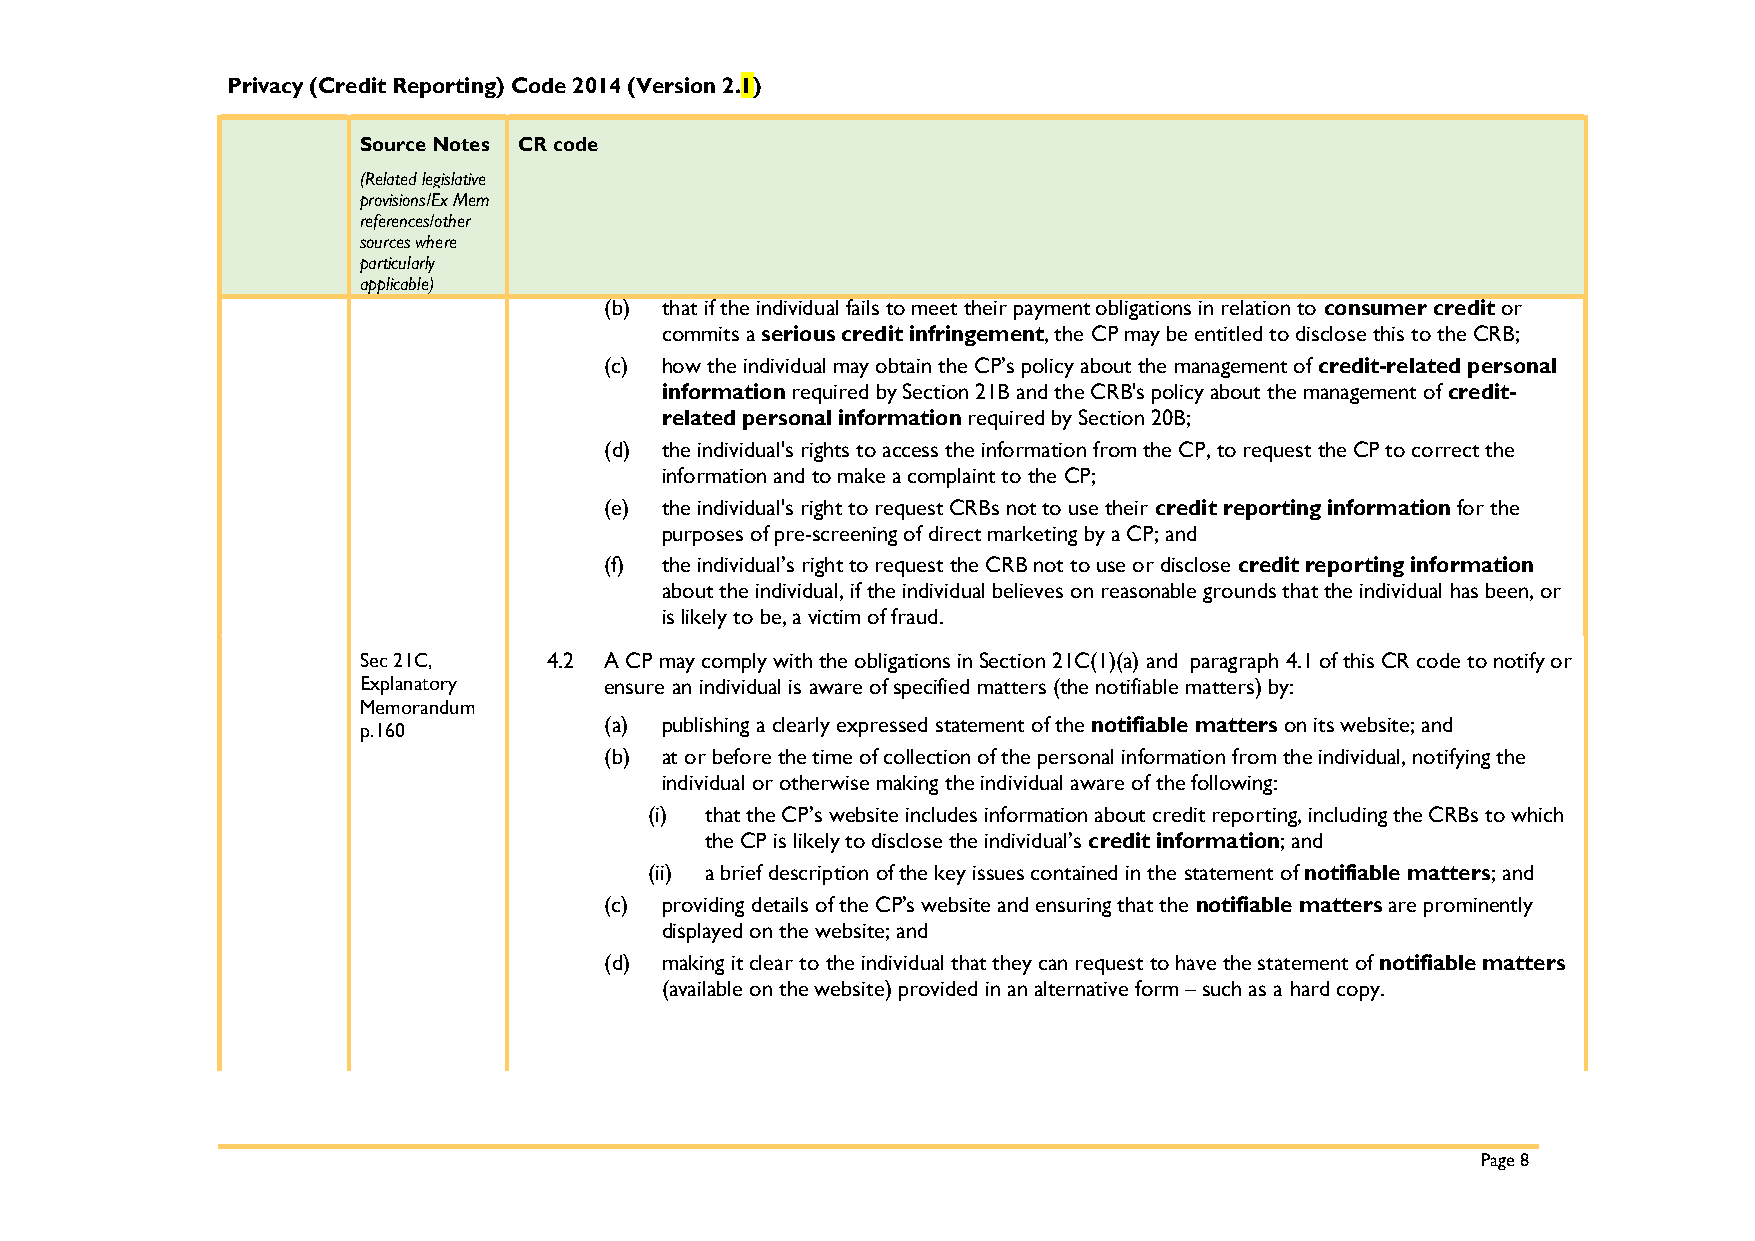
Privacy (Credit Reporting) Code 2014 (Version 2.1)
 Source Notes CR code
 (Related legislative
 provisions/Ex Mem
 references/other
 sources where
 particularly
 applicable)
 (b) that if the individual fails to meet their payment obligations in relation to consumer credit or
 commits a serious credit infringement, the CP may be entitled to disclose this to the CRB;
 (c) how the individual may obtain the CP’s policy about the management of credit-related personal
 information required by Section 21B and the CRB's policy about the management of credit-
 related personal information required by Section 20B;
 (d) the individual's rights to access the information from the CP, to request the CP to correct the
 information and to make a complaint to the CP;
 (e) the individual's right to request CRBs not to use their credit reporting information for the
 purposes of pre-screening of direct marketing by a CP; and
 (f) the individual’s right to request the CRB not to use or disclose credit reporting information
 about the individual, if the individual believes on reasonable grounds that the individual has been, or
 is likely to be, a victim of fraud.
 Sec 21C,    4.2 A CP may comply with the obligations in Section 21C(1)(a) and paragraph 4.1 of this CR code to notify or
 Explanatory     ensure an individual is aware of specified matters (the notifiable matters) by:
 Memorandum
 (a) publishing a clearly expressed statement of the notifiable matters on its website; and
 p.160
 (b) at or before the time of collection of the personal information from the individual, notifying the
 individual or otherwise making the individual aware of the following:
 (i) that the CP’s website includes information about credit reporting, including the CRBs to which
 the CP is likely to disclose the individual’s credit information; and
 (ii) a brief description of the key issues contained in the statement of notifiable matters; and
 (c) providing details of the CP’s website and ensuring that the notifiable matters are prominently
 displayed on the website; and
 (d) making it clear to the individual that they can request to have the statement of notifiable matters
 (available on the website) provided in an alternative form – such as a hard copy.
 Page 8